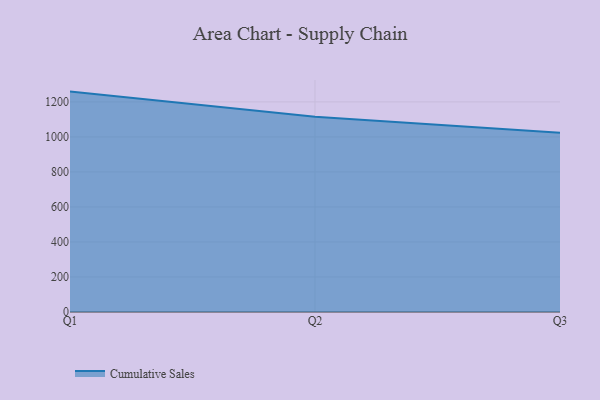
{"axis": {"x": "Quarter", "y": "Page Views"}, "legend": ["Cumulative Sales"], "data": [{"x": "Q1", "y": 1258.8, "type": "Cumulative Sales"}, {"x": "Q2", "y": 1115.4, "type": "Cumulative Sales"}, {"x": "Q3", "y": 1023.2, "type": "Cumulative Sales"}]}